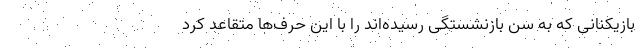
بازیکنانی که به سن بازنشستگی رسیده‌اند را با این حرف‌ها متقاعد کرد